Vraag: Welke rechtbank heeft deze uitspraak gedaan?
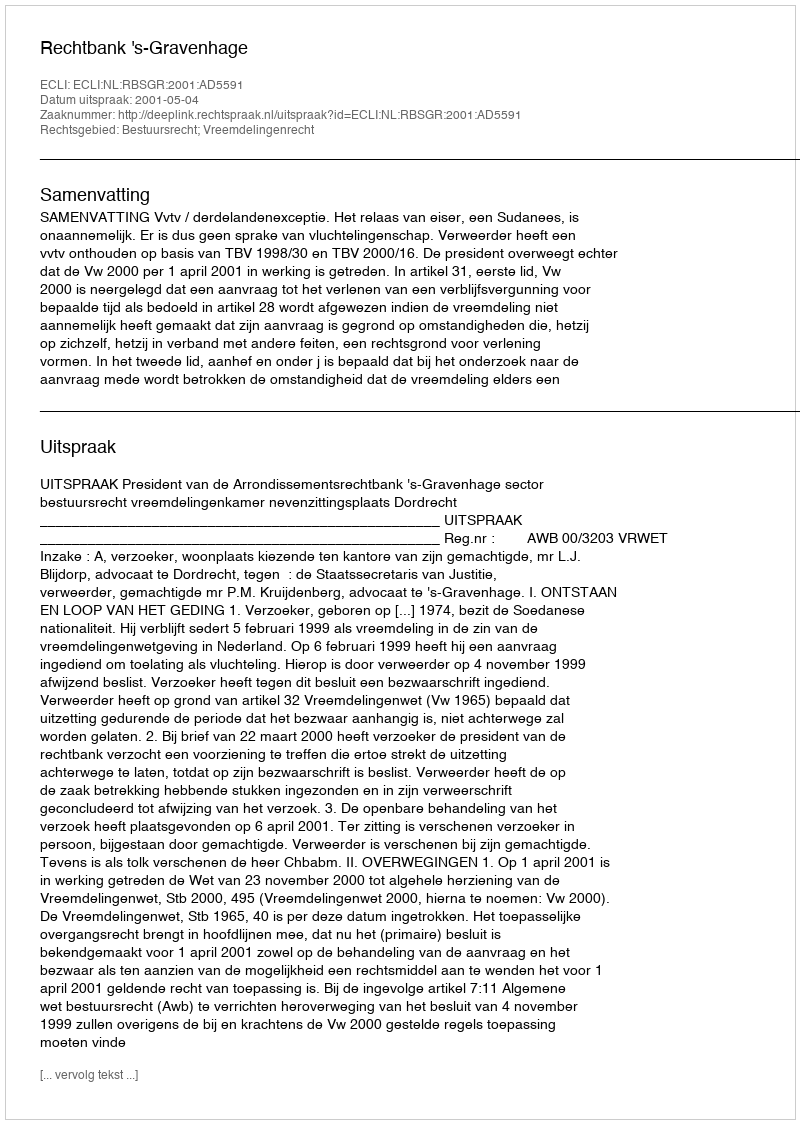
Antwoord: Rechtbank 's-Gravenhage